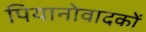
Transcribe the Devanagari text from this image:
पियानोवादकों